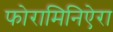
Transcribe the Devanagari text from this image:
फोरामिनिऐरा